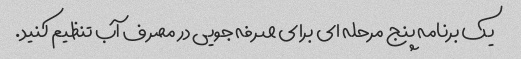
یک برنامه پنج مرحله ای برای صرفه جویی در مصرف آب تنظیم کنید.